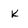
Character: k